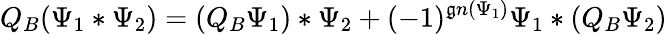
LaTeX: Q_{B}(\Psi_{1}*\Psi_{2})=(Q_{B}\Psi_{1})*\Psi_{2}+(-1)^{\mathfrak{g}n(\Psi_{1})}\Psi_{1}*(Q_{B}\Psi_{2})